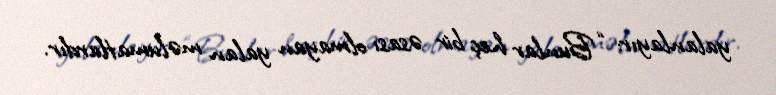
yalanlayır: “Bunlar heç bir əsası olmayan yalan məlumatlardır.